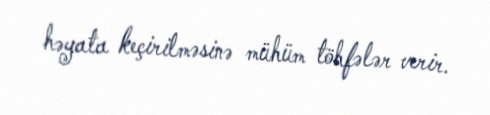
həyata keçirilməsinə mühüm töhfələr verir.